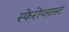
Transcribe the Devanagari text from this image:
स्फेरोप्लास्ट